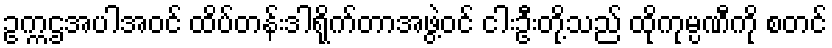
ဥက္ကဌအပါအဝင် ထိပ်တန်းဒါရိုက်တာအဖွဲ့ဝင် ငါးဦးတို့သည် ထိုကုမ္ပဏီကို စတင်